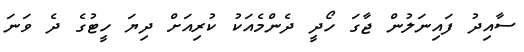
ސާއިދު ފައިނަލުން ޖާގަ ހޯދީ ދެންމެއަކު ކުރިއަށް ދިޔަ ހީޓުގެ ދެ ވަނަ